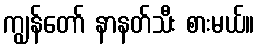
ကျွန်တော် နာနတ်သီး စားမယ်။